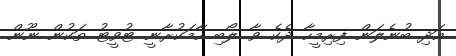
އަދި ބުނެލަން ފިރިމީހާ ދެކެ ވާ ލޯބި ހާމަކުރާނީ ޓުވީޓު ތަކުން ނޫން.